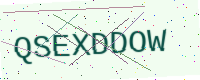
Text: QSEXDDOW